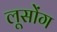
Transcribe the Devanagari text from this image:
लूसोंग